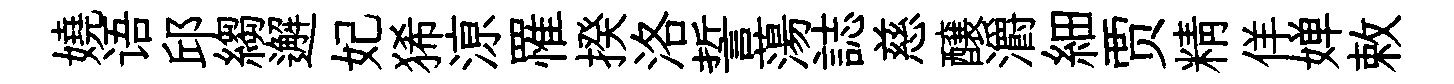
嬈语邱縐邂妃狶鿌罹揆洛誓蕩誌慈醸灂細贾精佯婵敕